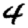
Digit: 4